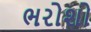
ભરોશો